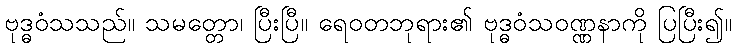
ဗုဒ္ဓဝံသသည်။ သမတ္တော၊ ပြီးပြီ။ ရေဝတဘုရား၏ ဗုဒ္ဓဝံသဝဏ္ဏနာကို ပြပြီး၍။